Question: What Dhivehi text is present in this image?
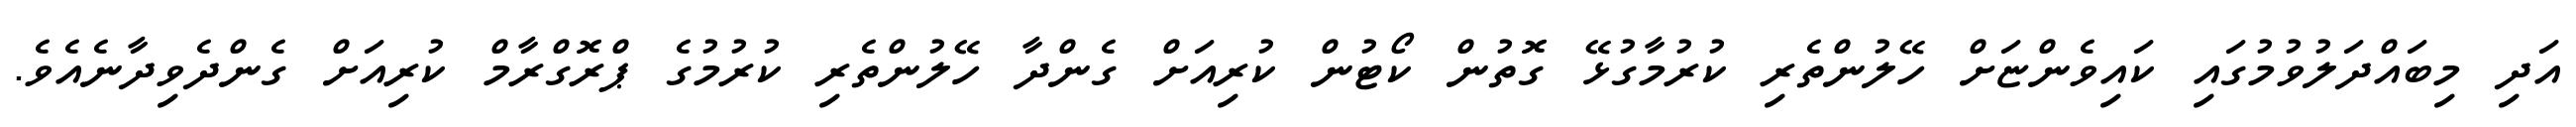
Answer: އަދި މިބައްދަލުވުމުގައި ކައިވެންޏަށް ހޭލުންތެރި ކުރުމާގުޅޭ ގޮތުން ކޯޓުން ކުރިއަށް ގެންދާ ހޭލުންތެރި ކުރުމުގެ ޕްރޮގްރާމް ކުރިއަށް ގެންދެވިދާނެއެވެ.